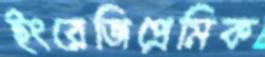
ইংরেজিপ্রেমিক